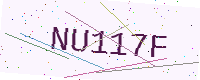
Text: NU117F